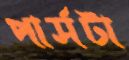
পার্সটা